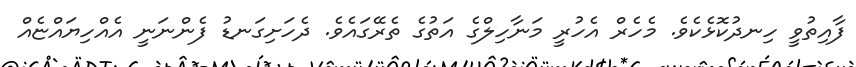
ފާއިތުވީ ހިނދުކޮޅެކެވެ. މެހެރް އެހުރީ މަނާހިލްގެ އަތުގެ ތެރޭގައެވެ. ދެހަށިގަނޑު ފެންނަނީ އެއްހިޔައްޏެއް